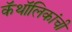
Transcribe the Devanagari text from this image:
कॅथॉलिकांची